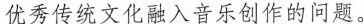
优秀传统文化融入音乐创作的问题。